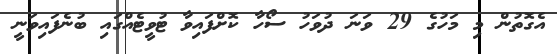
އެގޮތުން މި މަހުގެ 29 ވަނަ ދުވަހު ސޯހާ ކޮށްފައިވާ ޓުވީޓެއްގައި ބުނެފައިވަނީ